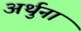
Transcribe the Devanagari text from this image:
अर्थुना